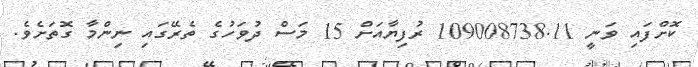
ކޮށްފައި ވަނީ 109008738.11 ރުފިޔާއަށް 15 މަސް ދުވަހުގެ ތެރޭގައި ނިންމާ ގޮތަށެވެ.